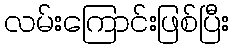
လမ်းကြောင်းဖြစ်ပြီး